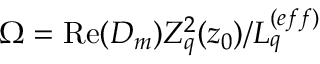
\Omega = \operatorname { R e } ( D _ { m } ) Z _ { q } ^ { 2 } ( z _ { 0 } ) / L _ { q } ^ { ( e f f ) }